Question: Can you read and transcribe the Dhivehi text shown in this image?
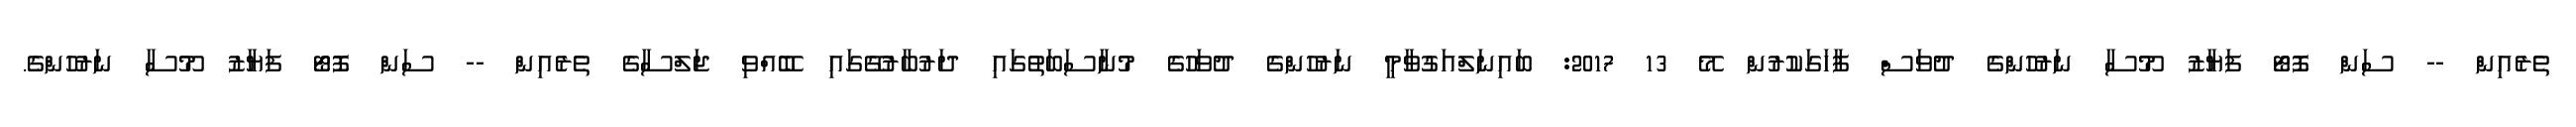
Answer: ތެރެއިން -- ސަން ފޮޓޯ ފަޔާޒު މޫސާ ނަރުހުންގެ ދުވަސް ފާހަގަކުރުން މޭ 13 2017: ބައިނަލްއަގުވާމީ ނަރުހުންގެ ދުވަހުގެ މުނާސަބަތުގައި ދަރުބާރުގޭގައި ބޭއްވި ޖަލްސާގެ ތެރެއިން -- ސަން ފޮޓޯ ފަޔާޒު މޫސާ ނަރުހުންގެ.